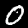
Label: 0